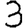
Digit: 3